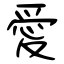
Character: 愛